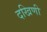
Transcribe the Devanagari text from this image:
दखिणी